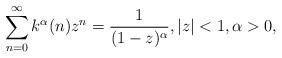
LaTeX: \begin{align*}\sum_{n=0}^{\infty} k^{\alpha}(n) z^{n} = \frac{1}{(1-z)^{\alpha}}, |z| < 1,\alpha>0,\end{align*}